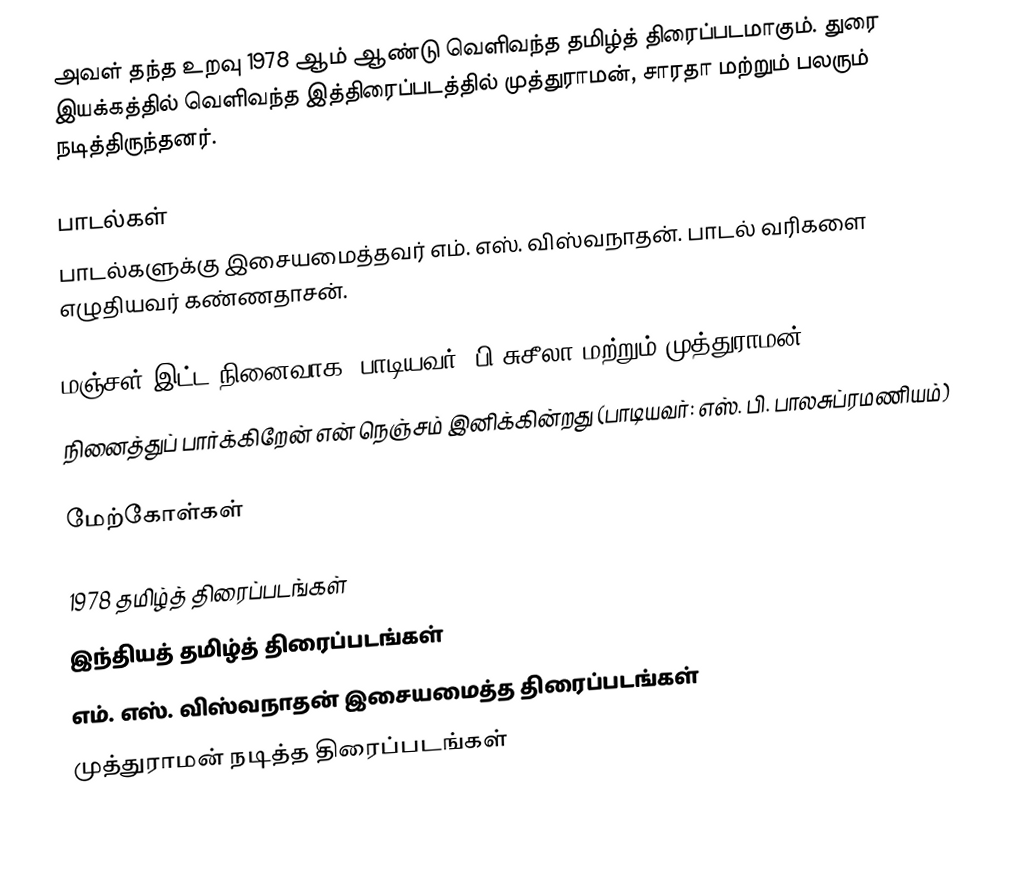
அவள் தந்த உறவு 1978 ஆம் ஆண்டு வெளிவந்த தமிழ்த் திரைப்படமாகும். துரை இயக்கத்தில் வெளிவந்த இத்திரைப்படத்தில் முத்துராமன், சாரதா மற்றும் பலரும் நடித்திருந்தனர்.

பாடல்கள்
பாடல்களுக்கு இசையமைத்தவர் எம். எஸ். விஸ்வநாதன். பாடல் வரிகளை எழுதியவர் கண்ணதாசன்.

 மஞ்சள் இட்ட நினைவாக (பாடியவர்: பி.சுசீலா மற்றும் முத்துராமன்)
 நினைத்துப் பார்க்கிறேன் என் நெஞ்சம் இனிக்கின்றது (பாடியவர்: எஸ். பி. பாலசுப்ரமணியம்)

மேற்கோள்கள்

1978 தமிழ்த் திரைப்படங்கள்
இந்தியத் தமிழ்த் திரைப்படங்கள்
எம். எஸ். விஸ்வநாதன் இசையமைத்த திரைப்படங்கள்
முத்துராமன் நடித்த திரைப்படங்கள்